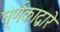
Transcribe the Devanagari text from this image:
घूर्णकाद्वारे